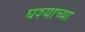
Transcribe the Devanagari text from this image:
घश्याच्या